EAOK_Sinod, lk 120
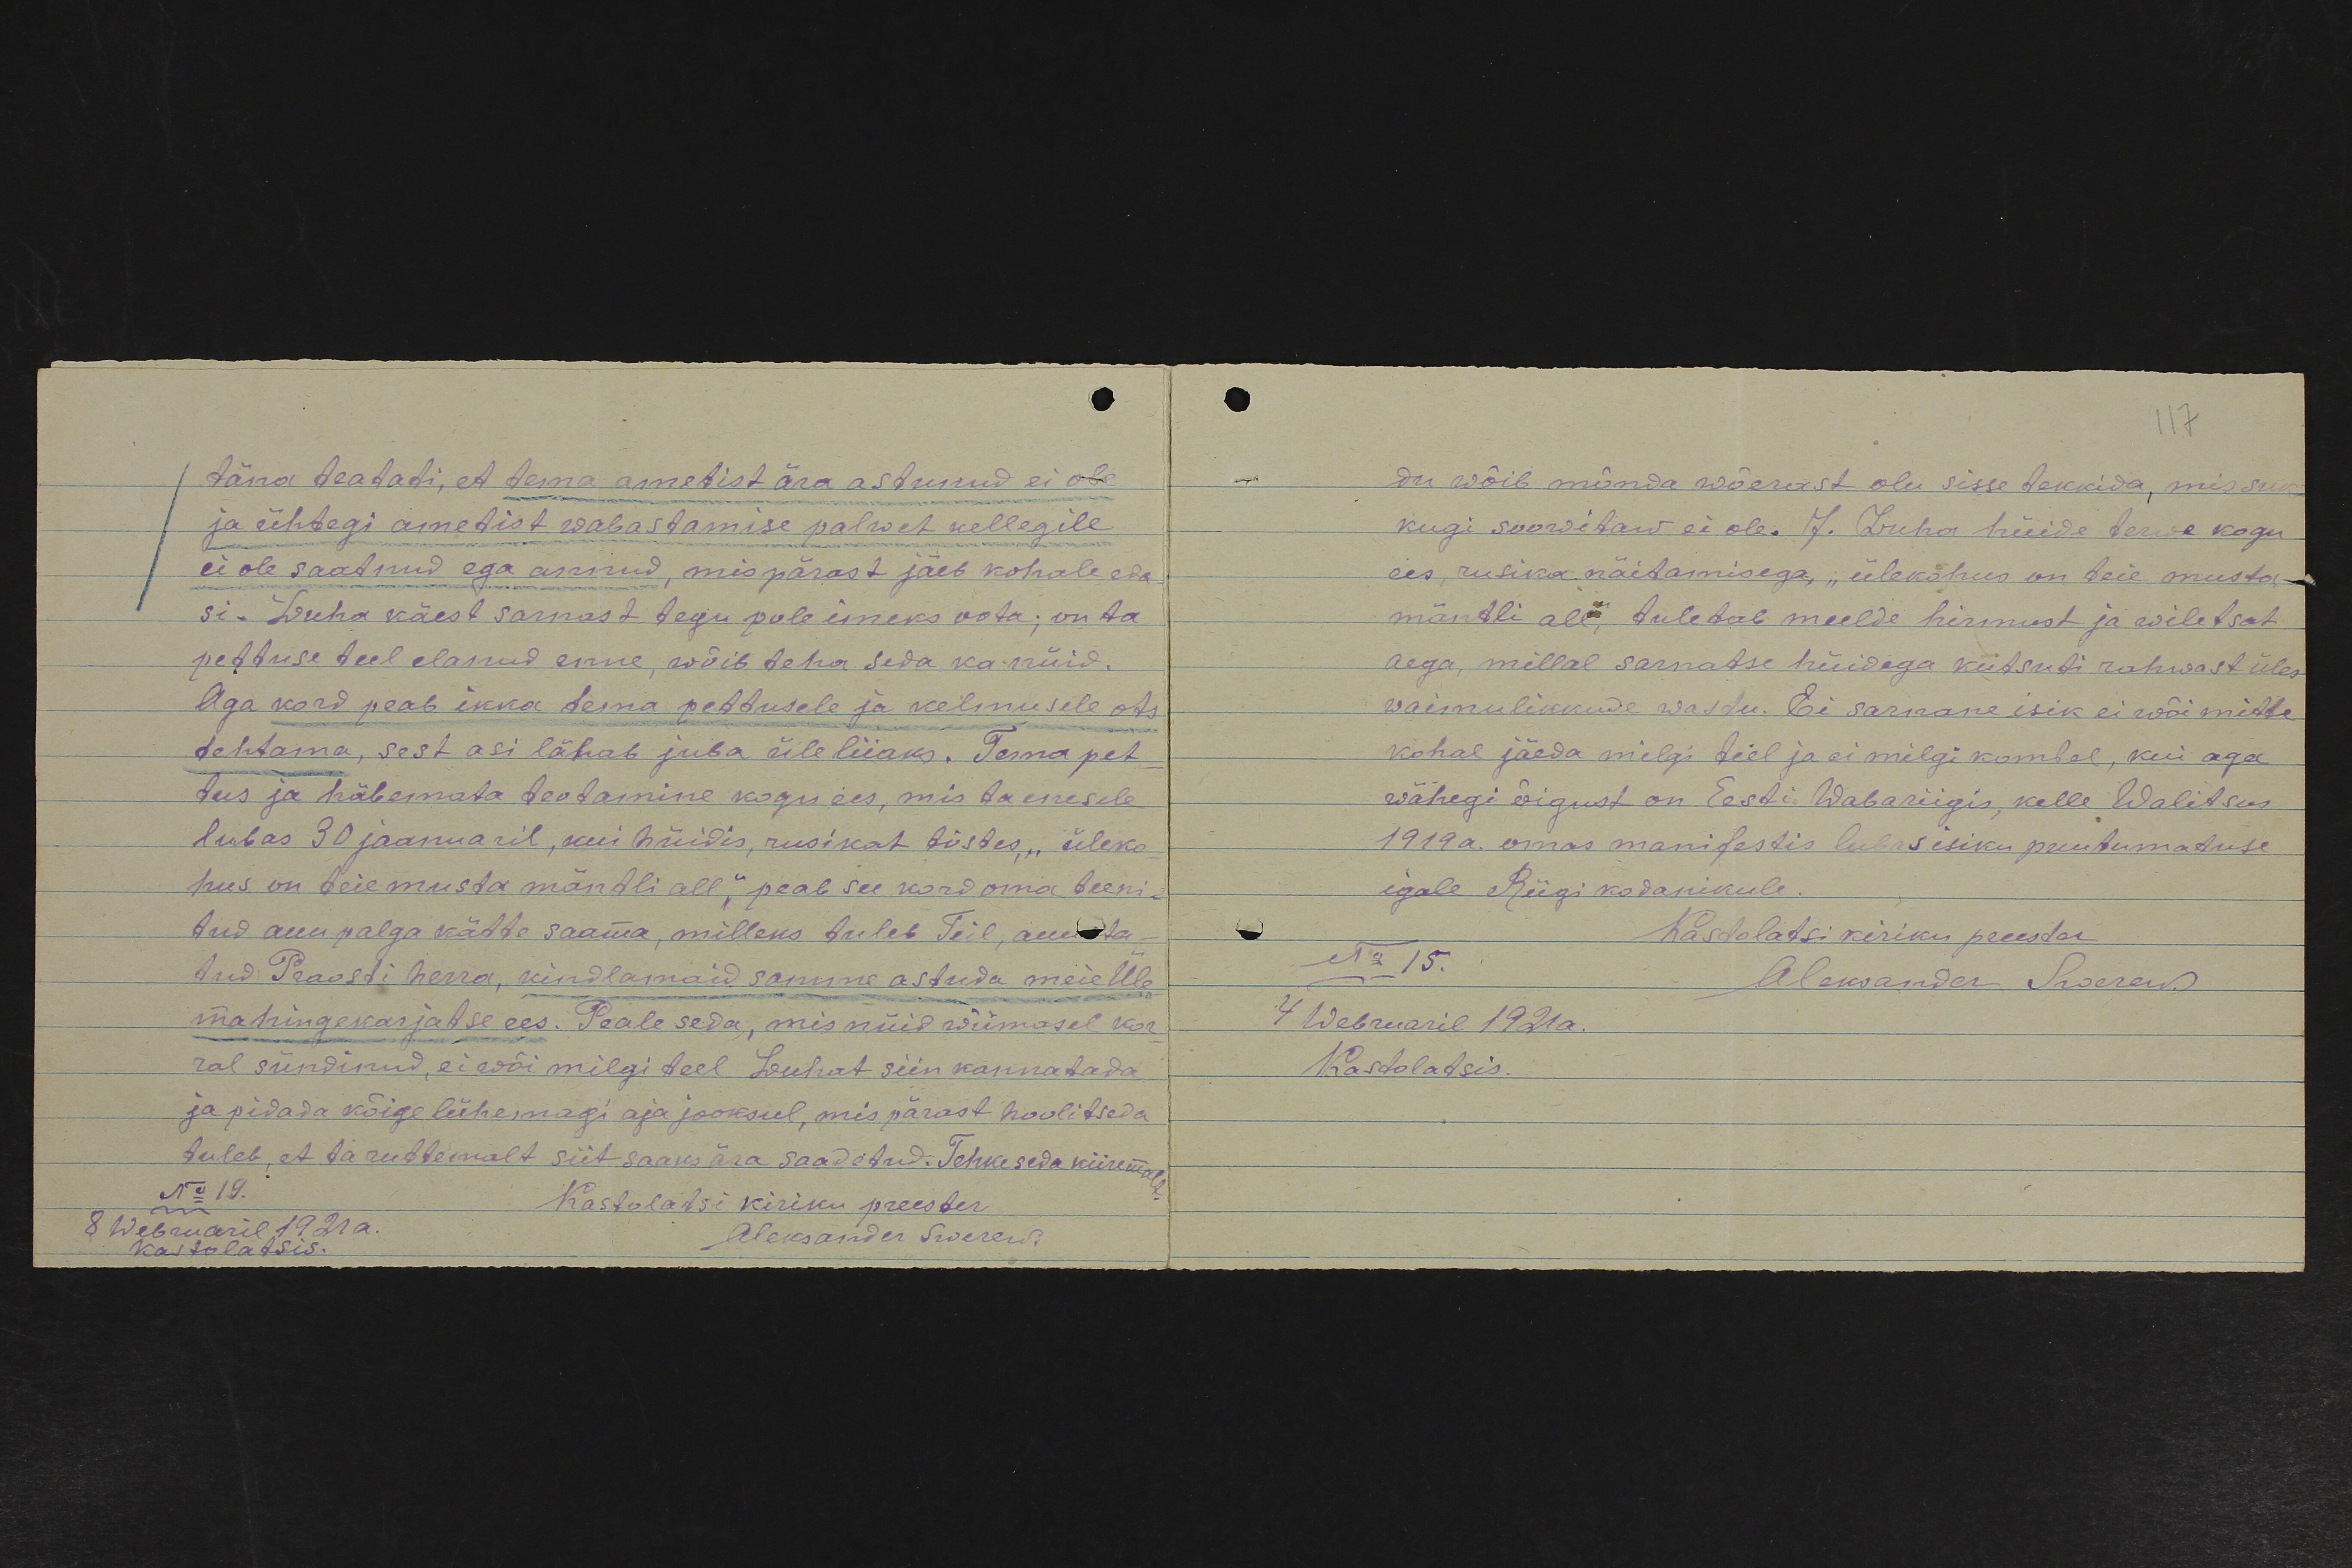
täna teatati, et tema ametist ära astunud ei ole
ja ühtegi ametist wabastamise palwet kellegile
ei ole saatnud ega annud, mis pärast jäeb kohale eda-
si. Luha käest sarnast tegu pole imeks oota; on ta
pettuse teel elanud enne wõib teha seda ka nüid.
Aga kord peab ikka tema pettusele ja kelmusele ots
tehtama, sest asi lähab juba üle liiaks. Tema pet-
tus ja häbemata teotamine kogu ees, mis ta enesele
lubas 30 jaanuaril, kui hüidis, rusikat tõstes, "üleko-
hus on teie musta mäntli all," peab see kord oma teeni-
tud auu palga kätte saama, milleks tuleb Teil, auusta-
tud Praosti herra, kindlamaid samme astuda meie Üle
ma hingekarjatse ees. Peale seda, mis nüid wiimasel kor-
ral sündinud, ei wõi milgi teel Luhat siin kannatada
ja pidada kõige lühemagi aja jooksul, mis pärast hoolitseda
tuleb, et ta ruttemalt siit saaks ära saadetud. Tehke seda kiiremalt.
No 19.
8 Webruaril 1921 a.
Kastolatsis.
Kastolatsi kiriku preester
Aleksander Swerew.

du wõib mõnda wõerast olu sisse tekkida, mis suk-
kugi soowitaw ei ole. J. Luha hüide terwe kogu
ees, rusika näitamisega, „ülekohus on teie musta
mäntli all." tuletab meelde hirmust ja wiletsat
aega, millal sarnatse hüidega kutsuti rahwast üles,
waimulikkude wastu. Ei sarnane isik ei wõi mitte
kohal jäeda milgi teel ja ei milgi kombel, kui aga
wähegi õigust on Eesti Wabariigis, kelle Walitsus
1919 a. omas manifestis lubas isiku puutumatuse
igale Riigi kodanikule.
Kastolatsi kiriku preester
No 15.
Aleksander Swerew
4 Webruaril 1921 a.
Kastolatsis.